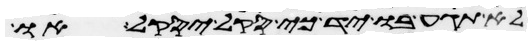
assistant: לא תגע בו יד כי סקל יסקל או